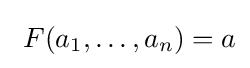
\ F(a_{1},\ldots ,a_{n})=a